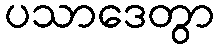
ပသာဒေတွာ